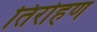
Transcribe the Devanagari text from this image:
तिरोहण